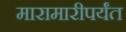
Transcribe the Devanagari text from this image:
मारामारीपर्यंत